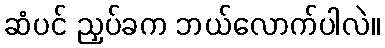
ဆံပင် ညှပ်ခက ဘယ်လောက်ပါလဲ။